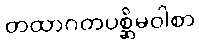
တထာဂတပစ္ဆိမဝါစာ